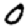
Digit: 0